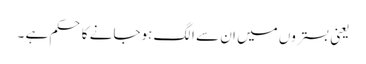
یعنی بستروں میں ان سے الگ ہوجانے کا حکم ہے ۔